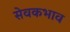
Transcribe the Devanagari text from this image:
सेवकभाव